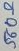
Text: 560Ω